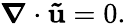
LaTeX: \boldsymbol\nabla\cdot\mathbf{\tilde{u}}=0.